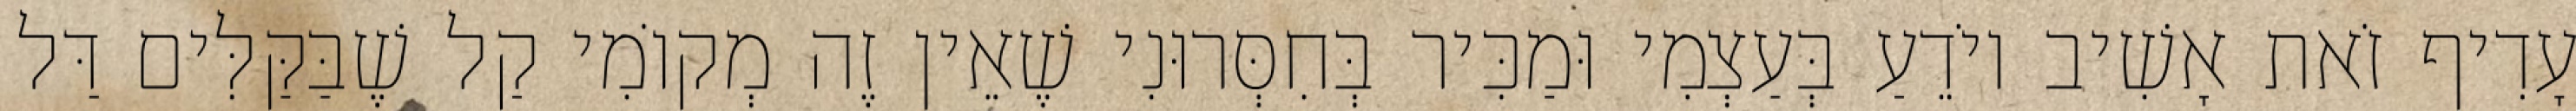
עָדִיף זֹאת אָשִׁיב יוֹדֵעַ בְּעַצְמִי וּמַכִּיר בְּחִסְּרוּנִי שֶׁאֵין זֶה מְקוֹמִי קַל שֶׁבַּקַּלִּים דַּל